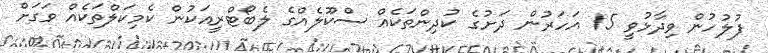
ފުލުހުން ވިދާޅުވީ 15 އަހަރުން ދަށުގެ ކުދިންތަކެއް ސްކޫލެއްގެ ލެބޯޓްރީއަކުން ކެމިކަލްތަކެއް ވަގަށް